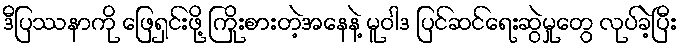
ဒီပြဿနာကို ဖြေရှင်းဖို့ ကြိုးစားတဲ့အနေနဲ့ မူဝါဒ ပြင်ဆင်ရေးဆွဲမှုတွေ လုပ်ခဲ့ပြီး